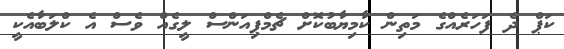
ކަޕް ދެ ފަހަރެއްގެ މަތިން ކާމިޔާބުކޮށް ޗެމްޕިއަންސް ލީގެއް ވެސް އެ ކްލަބާއެކީ